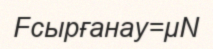
Fсырғанау=μN